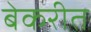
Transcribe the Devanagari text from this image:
बेकरीत